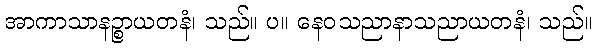
အာကာသာနဉ္စာယတနံ၊ သည်။ ပ။ နေဝသညာနာသညာယတနံ၊ သည်။